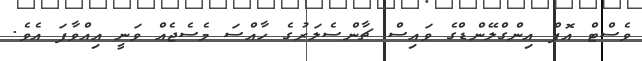
ވެސްޓް އޮފް އިންގްލޭންޑްގެ ވައިސް ޗާންސެލަރުގެ ހާއްސަ މެސެޖެއް ވަނީ އިއްވާފަ އެވެ.